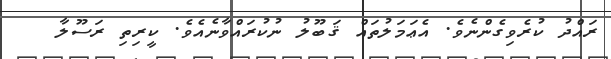
ރައްދު ކުރެވިގެންނެވެ. އެޢަމަލުތައް ޤަބޫލު ނުކުރައްވާނެއެވެ. ކީރިތި ރަސޫލާ